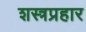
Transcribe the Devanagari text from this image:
शस्त्रप्रहार